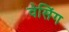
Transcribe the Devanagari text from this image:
वेसिंग